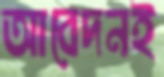
আবেদনই